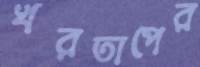
খরতাপের